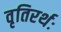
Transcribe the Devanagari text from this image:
वृतिरर्थः